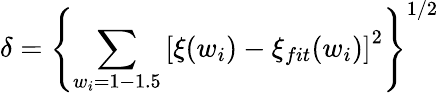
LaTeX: \delta=\left\{ \sum_{w_{i}=1-1.5}\left[\xi(w_{i})-\xi_{fit}(w_{i})\right]^{2}\right\} ^{1/2}